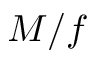
M / f